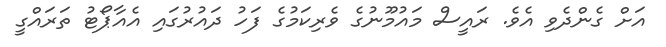
އަށް ގެންދެވި އެވެ. ރައީސް މައުމޫނުގެ ވެރިކަމުގެ ފަހު ދައުރުގައި އެއާޕޯޓު ތަރައްގީ